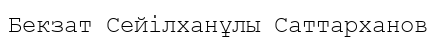
Бекзат Сейілханұлы Саттарханов